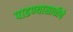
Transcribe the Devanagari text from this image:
पाडण्यासाठीचे